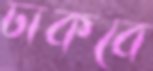
ঢাকবে